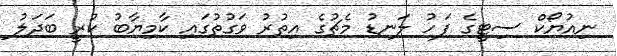
ނިއުޔޯކް ސިޓީގެ ފަހު ލަނޑު މެޗުގެ އިތުރު ވަގުތުގައި ކާމިޔާބު ކުރީ ބަދަލު